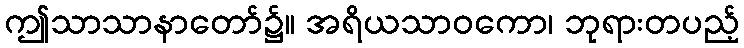
ဤသာသာနာတော်၌။ အရိယသာဝကော၊ ဘုရားတပည့်